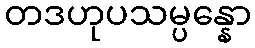
တဒဟုပသမ္ပန္နော